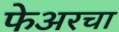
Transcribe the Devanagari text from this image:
फेअरचा